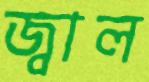
জ্বাল